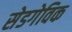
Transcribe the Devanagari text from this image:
सेडगेविक